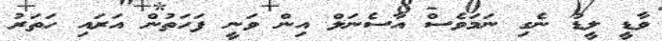
ވާޑީ ލީޑު ނެގި ނަމަވެސް އާސެނަލް އިން ވަނީ ފަހަތުން އަރައި ހަތަރު